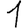
Digit: 1